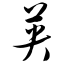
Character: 英